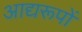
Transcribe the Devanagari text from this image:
आद्यरूपों